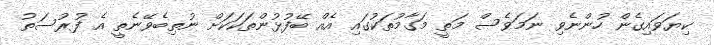
ކިޔަވައިގެން ހުންނެވި ނަމަވެސް މަތީ މަގާމުތަކުގައި އެއް ބޭފުޅުންތަކަކަށް ނުތިބެވޭނެތީ އެ ފުރުސަތު